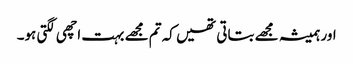
اور ہمیشہ مجھے بتاتی تھیں کہ تم مجھے بہت اچھی لگتی ہو۔